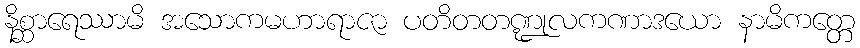
နိစ္ဆာရေဿာမိ အသောကမဟာရာဇာ ပတိတတဏ္ဍုလကဏာဒယော နာမိကတ္တေ